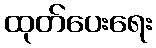
ထုတ်ပေးရေး